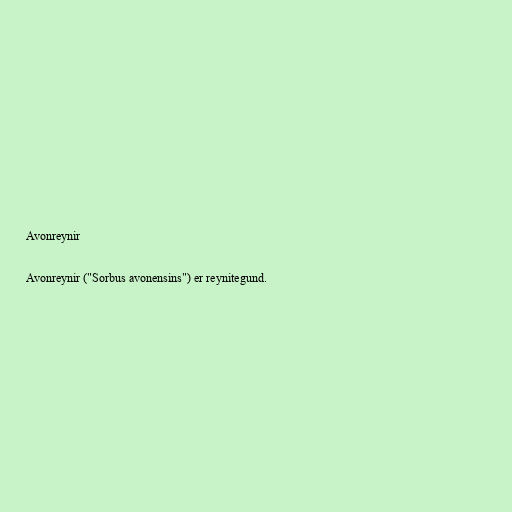
Avonreynir

Avonreynir ("Sorbus avonensins") er reynitegund.